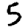
Digit: 5